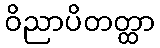
ဝိညာပိတတ္ထာ